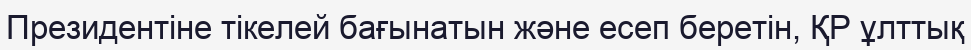
Президентіне тікелей бағынатын және есеп беретін, ҚР ұлттық